Scottish Leaving Certificate Examination, 1960
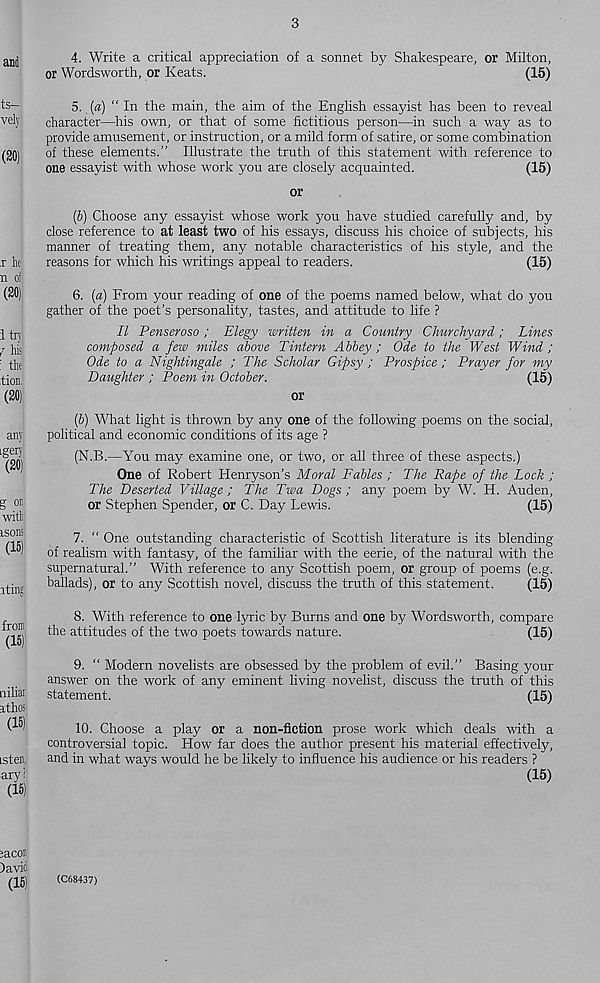
4. Write a critical appreciation of a sonnet by Shakespeare, or Milton,
or Wordsworth, or Keats.
(15)
5. (a) “ In the main, the aim of the English essayist has been to reveal
character—his own, or that of some fictitious person—in such a way as to
provide amusement, or instruction, or a mild form of satire, or some combination
of these elements.” Illustrate the truth of this statement with reference to
one essayist with whose work you are closely acquainted.
(15)
or
(b) Choose any essayist whose work you have studied carefully and, by
close reference to at least two of his essays, discuss his choice of subjects, his
manner of treating them, any notable characteristics of his style, and the
reasons for which his writings appeal to readers.
(15)
6. (a) From your reading of one of the poems named below, what do you
gather of the poet’s personality, tastes, and attitude to life ?
II Penseroso; Elegy written in a Country Churchyard; Lines
composed a few miles above Tintern Abbey; Ode to the West Wind;
Ode to a Nightingale ; The Scholar Gipsy ; Prospice ; Prayer for my
Daughter ; Poem in October.
(15)
or
ip) What light is thrown by any one of the following poems on the social,
political and economic conditions of its age ?
(N.B.—You may examine one, or two, or all three of these aspects.)
One of Robert Henryson’s Moral Fables ; The Rape of the Lock ;
The Deserted Village; The Twa Dogs; any poem by W. H. Auden,
or Stephen Spender, or C. Day Lewis.
(15)
7. “ One outstanding characteristic of Scottish literature is its blending
of realism with fantasy, of the familiar with the eerie, of the natural with the
supernatural.” With reference to any Scottish poem, or group of poems (e.g.
ballads), or to any Scottish novel, discuss the truth of this statement.
(15)
8. With reference to one lyric by Burns and one by Wordsworth, compare
the attitudes of the two poets towards nature.
(15)
9. “ Modern novelists are obsessed by the problem of evil.” Basing your
answer on the work of any eminent living novelist, discuss the truth of this
statement.
(15)
10. Choose a play or a non-fiction prose work which deals with a
controversial topic. How far does the author present his material effectively,
and in what ways would he be likely to influence his audience or his readers ?
(15)
(C68437)